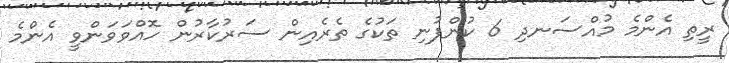
ރީތި އެންމެ މުއްސަނދި 6 ކުންފުނި ތަކުގެ ތެރެއިން ސަރުކާރުން ހޮއްވަވަންވީ އެންމެ